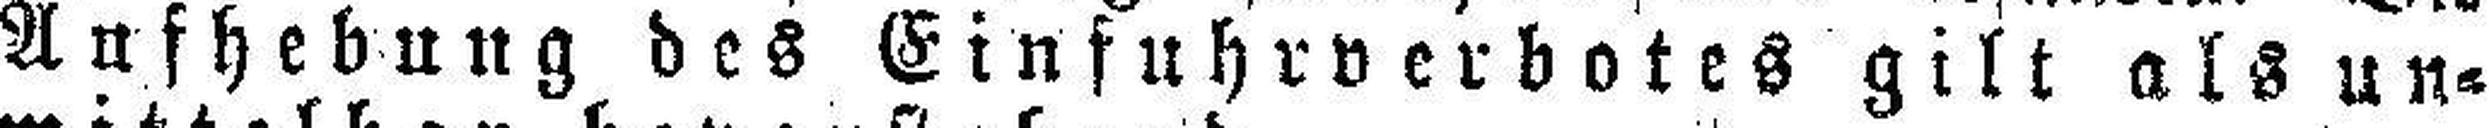
Aufhebung des Einfuhrverbotes gilt als un¬